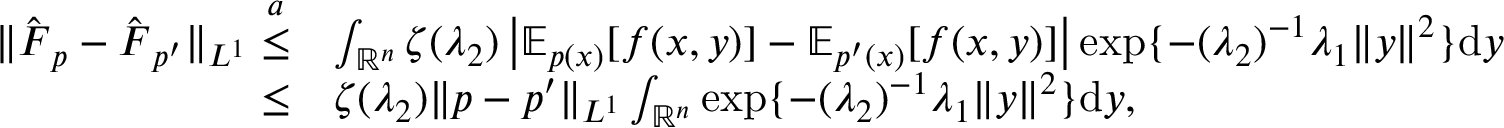
\begin{array} { r l } { \| \hat { \boldsymbol { F } } _ { p } - \hat { \boldsymbol { F } } _ { p ^ { \prime } } \| _ { L ^ { 1 } } \overset { a } { \leq } } & { \int _ { \mathbb { R } ^ { n } } \zeta ( \lambda _ { 2 } ) \left| \mathbb { E } _ { p ( x ) } [ f ( x , y ) ] - \mathbb { E } _ { p ^ { \prime } ( x ) } [ f ( x , y ) ] \right| \exp \{ - ( \lambda _ { 2 } ) ^ { - 1 } \lambda _ { 1 } \| y \| ^ { 2 } \} \mathrm { d } y } \\ { \leq } & { \zeta ( \lambda _ { 2 } ) \| p - p ^ { \prime } \| _ { L ^ { 1 } } \int _ { \mathbb { R } ^ { n } } \exp \{ - ( \lambda _ { 2 } ) ^ { - 1 } \lambda _ { 1 } \| y \| ^ { 2 } \} \mathrm { d } y , } \end{array}